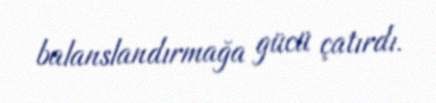
balanslandırmağa gücü çatırdı.